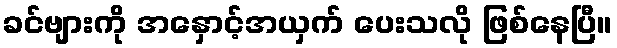
ခင်ဗျားကို အနှောင့်အယှက် ပေးသလို ဖြစ်နေပြီ။